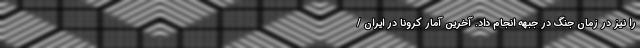
را نیز در زمان جنگ در جبهه انجام داد. آخرین آمار کرونا در ایران /